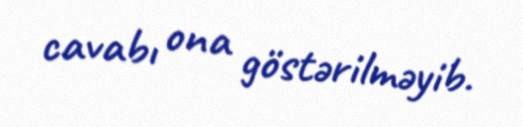
cavabı ona göstərilməyib.